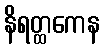
နိရတ္ထကေန